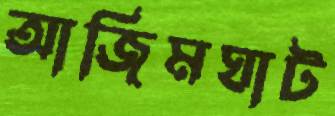
আজিমঘাট